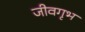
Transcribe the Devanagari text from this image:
जीवगृभ